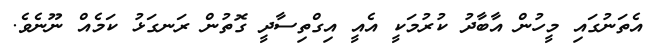
އެތަނުގައި މީހުން އާބާދު ކުރުމަކީ އެއީ އިގްތިސާދީ ގޮތުން ރަނގަޅު ކަމެއް ނޫނެވެ.